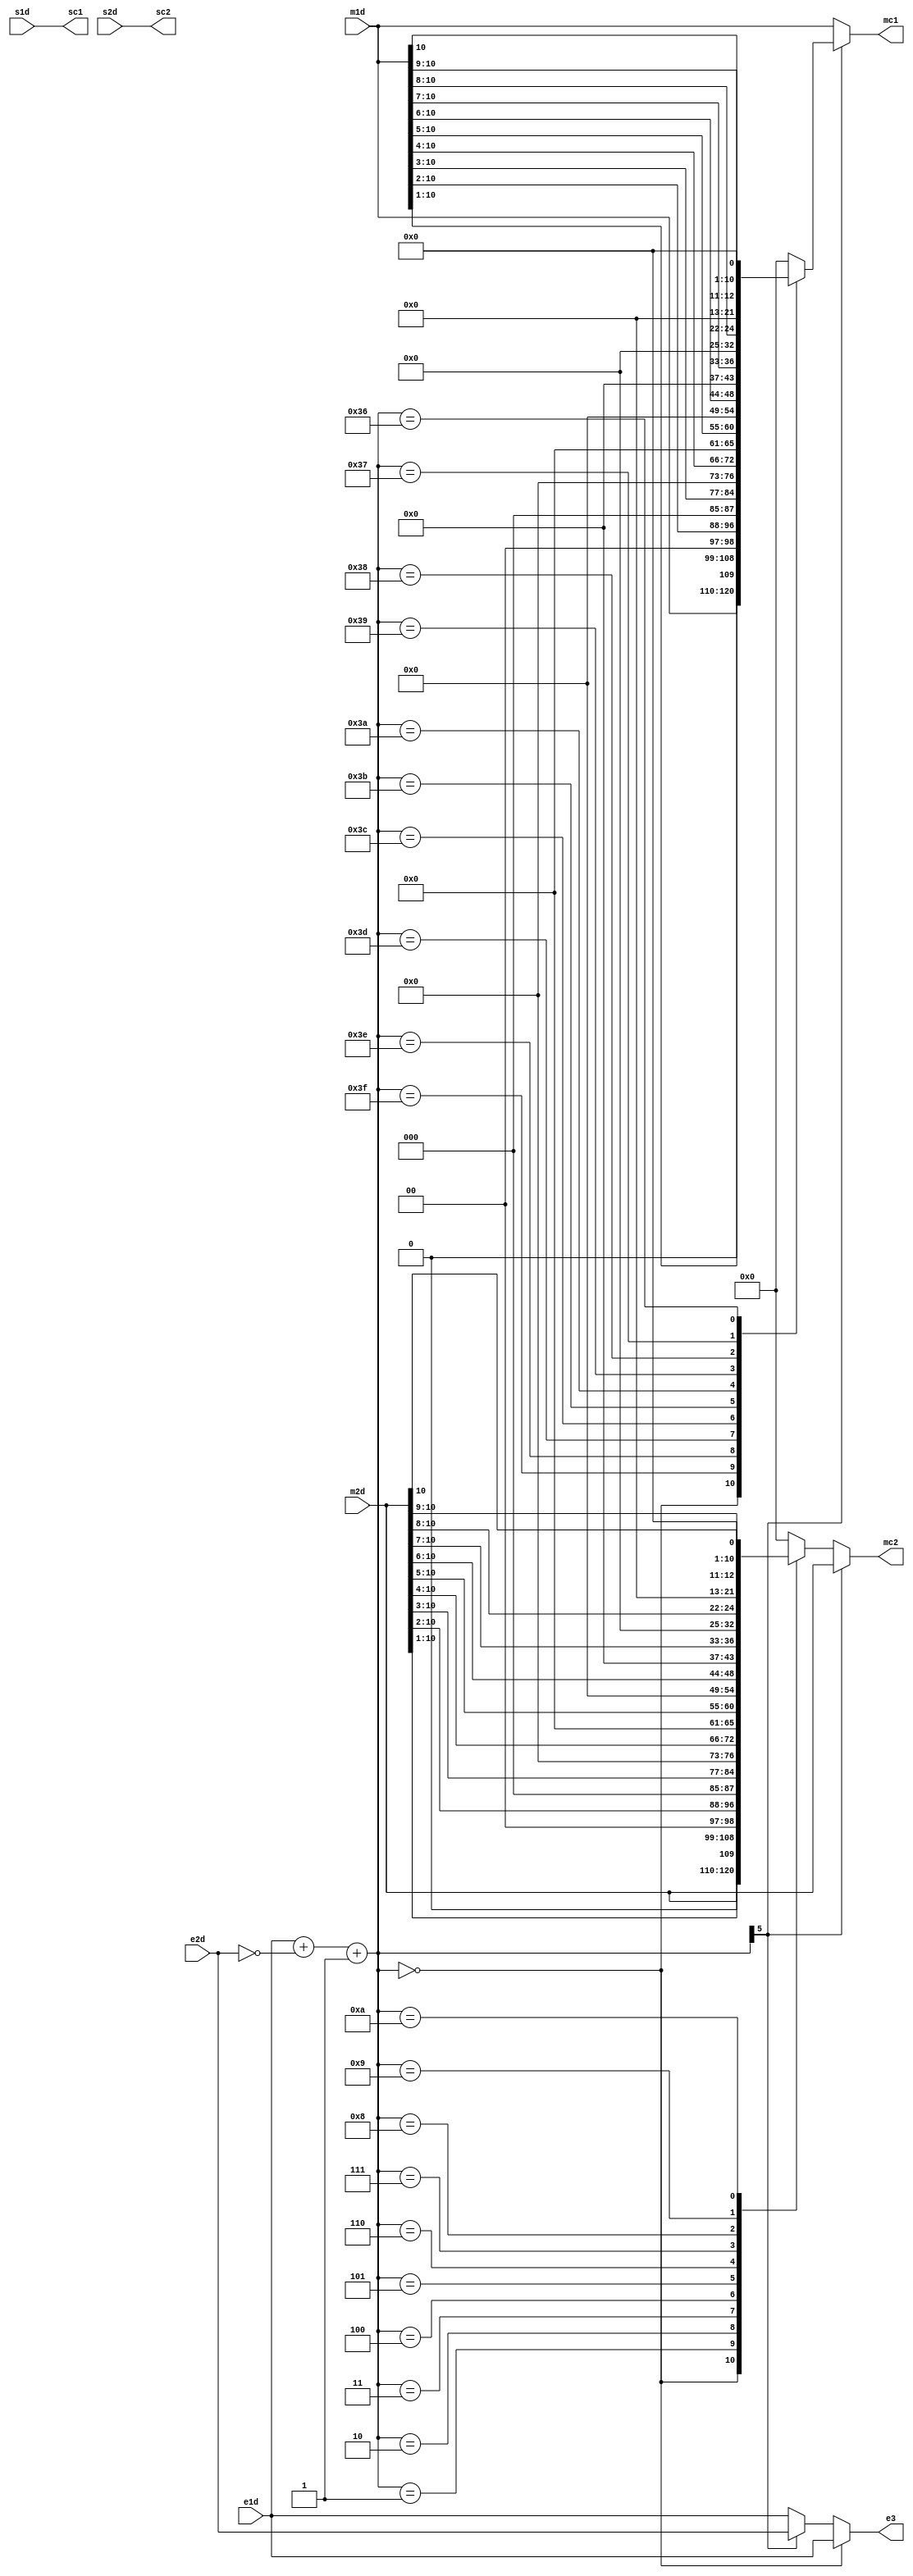
`timescale 1ns / 1ps
module comp_shift(s1d,s2d,e1d,e2d,m1d,m2d,sc1,sc2,e3,mc1,mc2);
	input s1d;
	input s2d;
	input[4:0] e1d;
	input[4:0] e2d;
	input[10:0] m1d;
	input[10:0] m2d;
	output sc1;
	output sc2;
	output reg[4:0] e3;
	//output reg[4:0] e4;
	output reg[10:0] mc1;
	output reg[10:0] mc2;
	
wire [5:0]temp_e1;
wire [5:0]temp_e2;
wire [5:0]temp_e1_e2;

assign sc1=s1d;
assign sc2=s2d;

assign temp_e1[5]=1'b0;
assign temp_e1[4:0]=e1d;

assign temp_e2[5]=1'b0;
assign temp_e2[4:0]=e2d;

assign temp_e1_e2=temp_e1+~temp_e2+1;

			
	always @(temp_e1_e2 or e1d or e2d)
		begin
			if (temp_e1_e2==0) 
				begin
					e3<=e1d;
					//e4<=e2d;
				end 
			else if(temp_e1_e2[5]==1)
				begin
					e3<=e2d;
					//e4<=e2d;
				end
			else
				begin
					e3<=e1d;
					//e4<=e1d;
				end
		end
		
	always @(temp_e1_e2 or m1d or m2d)
		begin
			if (temp_e1_e2[5]==0) begin 		
		     case(temp_e1_e2) 
             0 : begin mc1=m1d; mc2=m2d; end
             1 : begin mc1=m1d; mc2={1'b0,m2d[10:1]}; end
             2 : begin mc1=m1d; mc2={1'b0,1'b0,m2d[10:2]}; end 
             3 : begin mc1=m1d; mc2={1'b0,1'b0,1'b0,m2d[10:3]}; end 
             4 : begin mc1=m1d; mc2={1'b0,1'b0,1'b0,1'b0,m2d[10:4]}; end 
             5 : begin mc1=m1d; mc2={1'b0,1'b0,1'b0,1'b0,1'b0,m2d[10:5]}; end 
             6 : begin mc1=m1d; mc2={1'b0,1'b0,1'b0,1'b0,1'b0,1'b0,m2d[10:6]}; end 
             7 : begin mc1=m1d; mc2={1'b0,1'b0,1'b0,1'b0,1'b0,1'b0,1'b0,m2d[10:7]}; end 
             8 : begin mc1=m1d; mc2={1'b0,1'b0,1'b0,1'b0,1'b0,1'b0,1'b0,1'b0,m2d[10:8]}; end 
             9 : begin mc1=m1d; mc2={1'b0,1'b0,1'b0,1'b0,1'b0,1'b0,1'b0,1'b0,1'b0,m2d[10:9]}; end 
             10 : begin mc1=m1d; mc2={1'b0,1'b0,1'b0,1'b0,1'b0,1'b0,1'b0,1'b0,1'b0,1'b0,m2d[10]}; end 
             default : begin mc1=m1d; mc2=11'b00000000000; end 
           endcase 
			end
			else begin 		
		     case(temp_e1_e2) 
             0 : begin mc2=m2d; mc1=m1d; end
             63 : begin mc2=m2d; mc1={1'b0,m1d[10:1]}; end
             62 : begin mc2=m2d; mc1={1'b0,1'b0,m1d[10:2]}; end 
             61 : begin mc2=m2d; mc1={1'b0,1'b0,1'b0,m1d[10:3]}; end 
             60 : begin mc2=m2d; mc1={1'b0,1'b0,1'b0,1'b0,m1d[10:4]}; end 
             59 : begin mc2=m2d; mc1={1'b0,1'b0,1'b0,1'b0,1'b0,m1d[10:5]}; end 
             58 : begin mc2=m2d; mc1={1'b0,1'b0,1'b0,1'b0,1'b0,1'b0,m1d[10:6]}; end 
             57 : begin mc2=m2d; mc1={1'b0,1'b0,1'b0,1'b0,1'b0,1'b0,1'b0,m1d[10:7]}; end 
             56 : begin mc2=m2d; mc1={1'b0,1'b0,1'b0,1'b0,1'b0,1'b0,1'b0,1'b0,m1d[10:8]}; end 
             55 : begin mc2=m2d; mc1={1'b0,1'b0,1'b0,1'b0,1'b0,1'b0,1'b0,1'b0,1'b0,m1d[10:9]}; end 
             54 : begin mc2=m2d; mc1={1'b0,1'b0,1'b0,1'b0,1'b0,1'b0,1'b0,1'b0,1'b0,1'b0,m1d[10]}; end 
             default : begin mc2=m2d; mc1=11'b00000000000; end 
           endcase 
			end
		end
			
endmodule